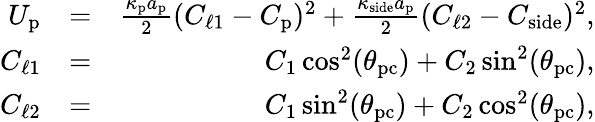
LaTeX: \begin{array}{rlr}{U_{\mathrm{p}}}&{=}&{\frac{\kappa_{\mathrm{p}}a_{\mathrm{p}}}{2}(C_{\ell 1}-C_{\mathrm{p}})^{2}+\frac{\kappa_{\mathrm{side}}a_{\mathrm{p}}}{2}(C_{\ell 2}-C_{\mathrm{side}})^{2},}\\ {C_{\ell 1}}&{=}&{C_{1}\cos^{2}(\theta_{\mathrm{pc}})+C_{2}\sin^{2}(\theta_{\mathrm{pc}}),}\\ {C_{\ell 2}}&{=}&{C_{1}\sin^{2}(\theta_{\mathrm{pc}})+C_{2}\cos^{2}(\theta_{\mathrm{pc}}),}\end{array}